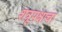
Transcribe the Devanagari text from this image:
शत्रूपक्षाचा